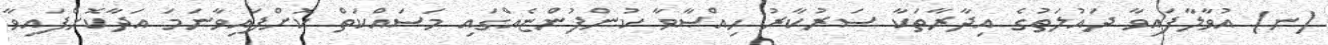
(ނ) އުވާލާފައިވާ ދައުލަތުގެ އިދާރާތަކާ ސަރުކާރު ޙިއްޞާވާ ކުންފުންޏެއްގައި މަސައްކަތް ކޮށްފައިވާނަމަ އަދާކޮށްފައިވާ